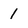
Character: 1